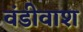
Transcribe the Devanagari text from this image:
वंडीवाश